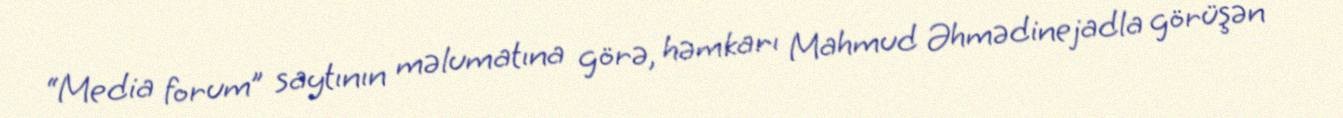
“Media forum” saytının məlumatına görə, həmkarı Mahmud Əhmədinejadla görüşən